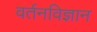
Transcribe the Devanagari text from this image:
वर्तनविज्ञान